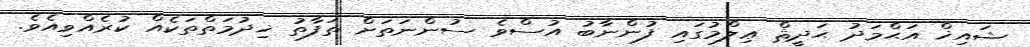
ޝައިޚް އަޙްމަދު ޙަދީޘް ޢިލްމުގައި ފުންނާބު އުސްވެ ސުންނަތަށް ތަފާތު ޚިދުމަތްތަކެއް ކުރެއްވިއެވެ.